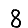
Digit: 8